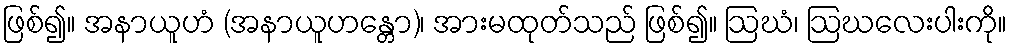
ဖြစ်၍။ အနာယူဟံ (အနာယူဟန္တော)၊ အားမထုတ်သည် ဖြစ်၍။ ဩဃံ၊ ဩဃလေးပါးကို။